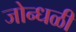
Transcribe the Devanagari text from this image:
जोन्धळी